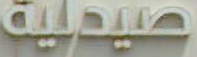
صيدلية